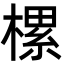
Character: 樏